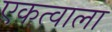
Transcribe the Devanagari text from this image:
एकत्वाला